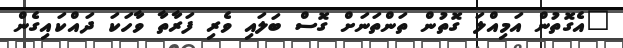
"އެގޮތުން އަމިއްލަ ގޮތުން ތަންތަނަށް ގޮސް ބަލައި ވެރި ފަރާތާ ވާހަކަ ދައްކައިގެން